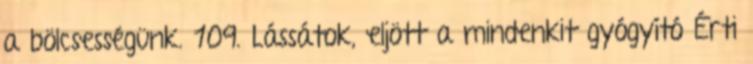
a bölcsességünk. 109. Lássátok, eljött a mindenkit gyógyító Érti